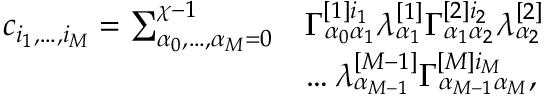
\begin{array} { r l } { c _ { i _ { 1 } , \dots , i _ { M } } = \sum _ { \alpha _ { 0 } , \dots , \alpha _ { M } = 0 } ^ { \chi - 1 } } & { \Gamma _ { \alpha _ { 0 } \alpha _ { 1 } } ^ { [ 1 ] i _ { 1 } } \lambda _ { \alpha _ { 1 } } ^ { [ 1 ] } \Gamma _ { \alpha _ { 1 } \alpha _ { 2 } } ^ { [ 2 ] i _ { 2 } } \lambda _ { \alpha _ { 2 } } ^ { [ 2 ] } } \\ & { \dots \lambda _ { \alpha _ { M - 1 } } ^ { [ M - 1 ] } \Gamma _ { \alpha _ { M - 1 } \alpha _ { M } } ^ { [ M ] i _ { M } } , } \end{array}